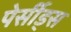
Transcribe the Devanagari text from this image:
पेर्सीड्स